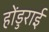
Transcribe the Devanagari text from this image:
होंडुराई